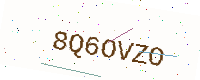
Text: 8Q6OVZO